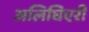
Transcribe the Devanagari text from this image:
अलिघिएरी